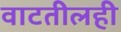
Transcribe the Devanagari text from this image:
वाटतीलही